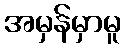
အမှန်မှာမူ